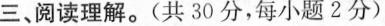
三、阅读理解.(共 30 分,每小题2分)